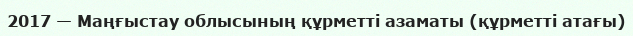
2017 — Маңғыстау облысының құрметті азаматы (құрметті атағы)